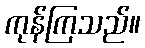
ကုန်ကြသည်။